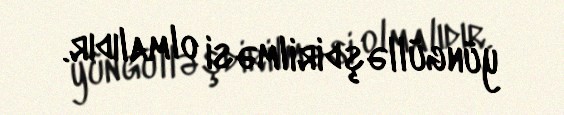
yüngülləşdirilməsi olmalıdır.